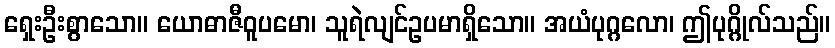
ရှေးဦးစွာသော။ ယောဓာဇီဝူပမော၊ သူရဲလျင်ဥပမာရှိသော။ အယံပုဂ္ဂလော၊ ဤပုဂ္ဂိုလ်သည်။